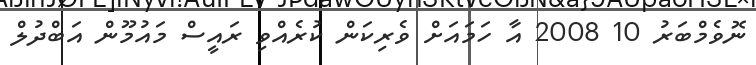
ނޮވެމްބަރު 10 2008 އާ ހަމައަށް ވެރިކަން ކުރެއްވި ރައީސް މައުމޫން އަބްދުލް